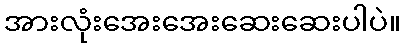
အားလုံးအေးအေးဆေးဆေးပါပဲ။